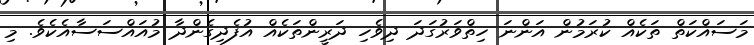
މަސައްކަތް ތަކެއް ކުރަމުން އަންނަ ހިތްވަރުގަދަ ދިވެހި ދަރީންތަކެއް އުފެދިގެންދާ މުއައްސަސާއެކެވެ. މި